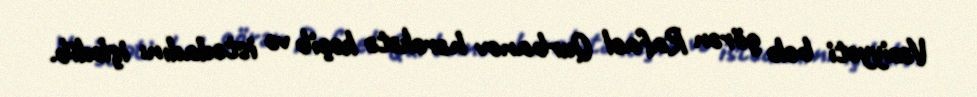
Vəziyyəti belə görən Rafael Qurbanov hərəkətə keçib və istedadını işlədib.